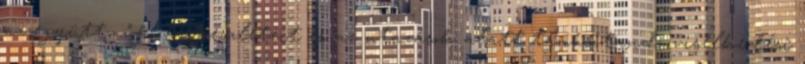
az együttműködés részleteit és az utazások alatt tanúsítandó viselkedési